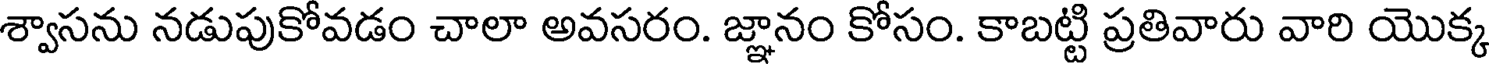
శ్వాసను నడుపుకోవడం చాలా అవసరం. జ్ఞానం కోసం. కాబట్టి ప్రతివారు వారి యొక్క